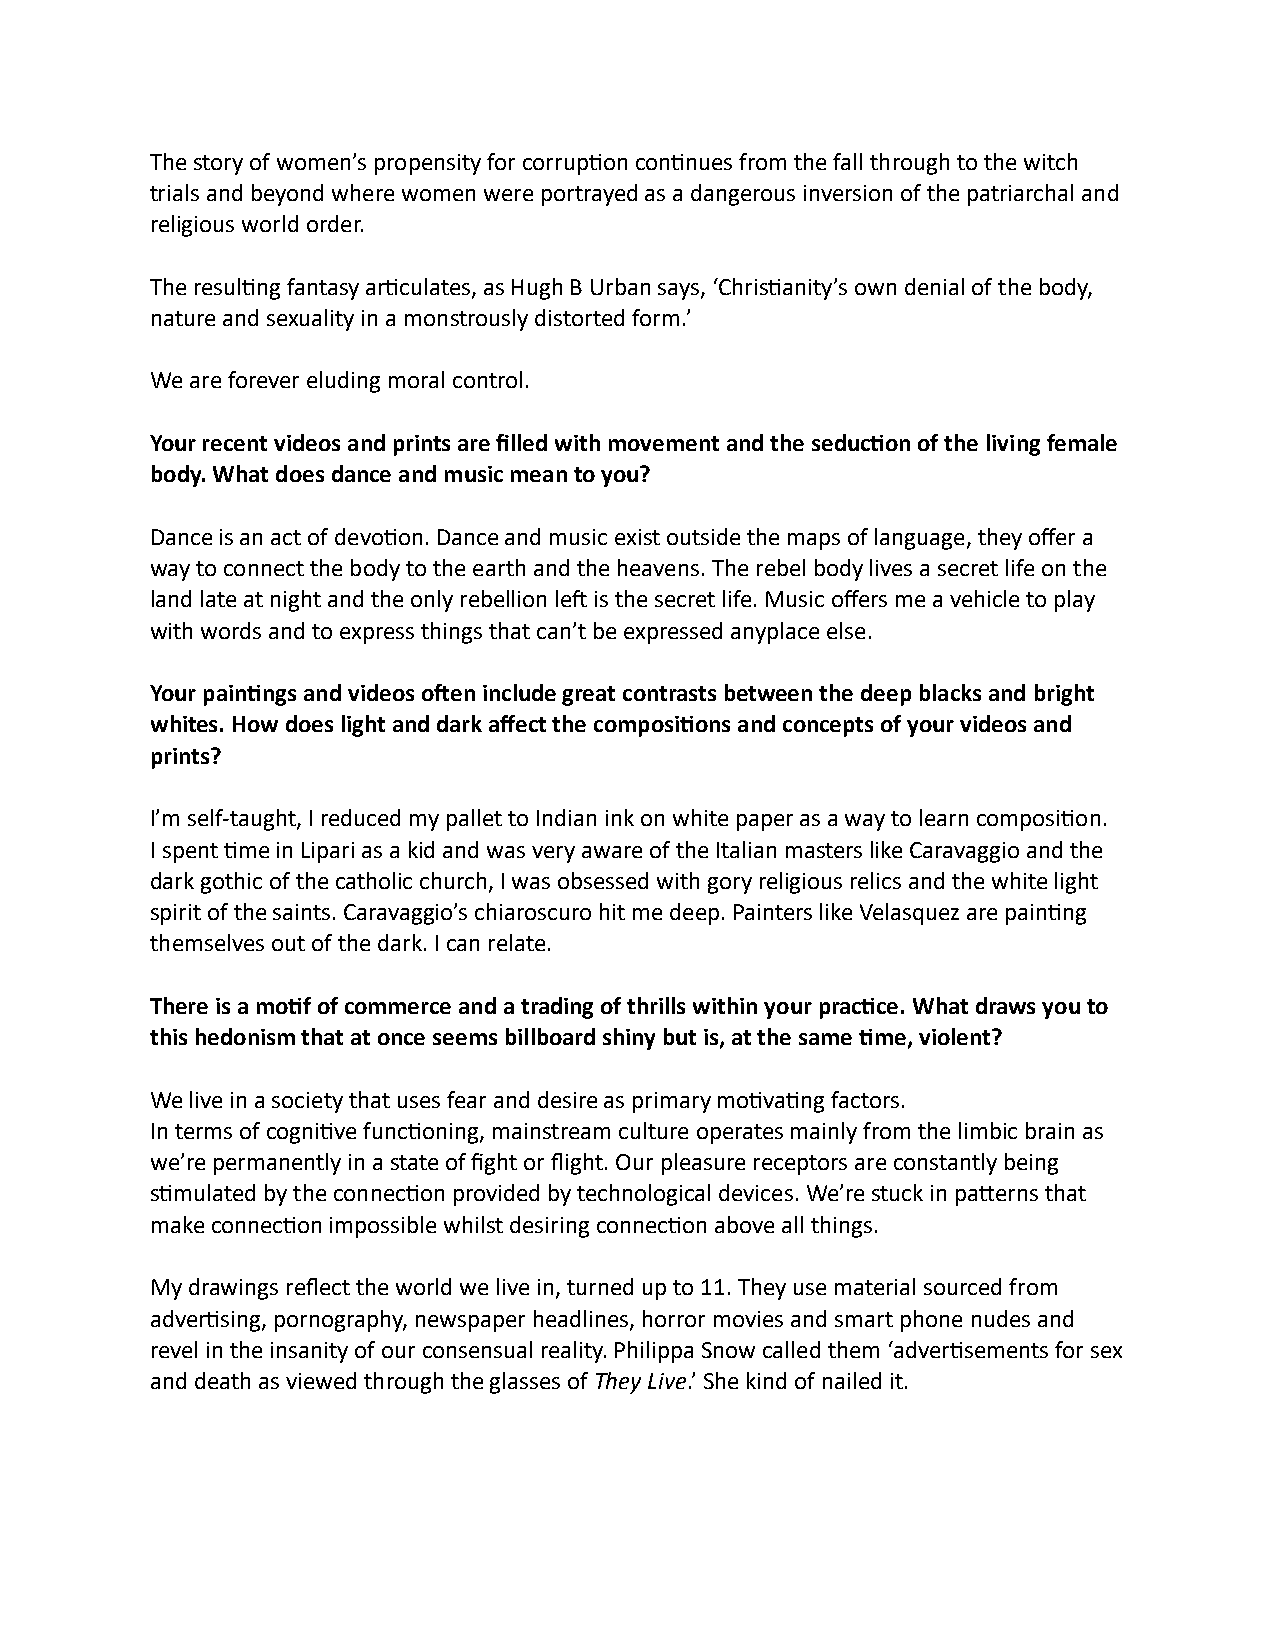
The story of women’s propensity for corrup8on con8nues from the fall through to the witch
 trials and beyond where women were portrayed as a dangerous inversion of the patriarchal and
 religious world order.
 The resul8ng fantasy ar8culates, as Hugh B Urban says, ‘Chris8anity’s own denial of the body,
 nature and sexuality in a monstrously distorted form.’
 We are forever eluding moral control.
 Your recent videos and prints are filled with movement and the seduc8on of the living female
 body. What does dance and music mean to you?
 Dance is an act of devo8on. Dance and music exist outside the maps of language, they offer a
 way to connect the body to the earth and the heavens. The rebel body lives a secret life on the
 land late at night and the only rebellion leY is the secret life. Music offers me a vehicle to play
 with words and to express things that can’t be expressed anyplace else.
 Your pain8ngs and videos oJen include great contrasts between the deep blacks and bright
 whites. How does light and dark affect the composi8ons and concepts of your videos and
 prints?
 I’m self-taught, I reduced my pallet to Indian ink on white paper as a way to learn composi8on.
 I spent 8me in Lipari as a kid and was very aware of the Italian masters like Caravaggio and the
 dark gothic of the catholic church, I was obsessed with gory religious relics and the white light
 spirit of the saints. Caravaggio’s chiaroscuro hit me deep. Painters like Velasquez are pain8ng
 themselves out of the dark. I can relate.
 There is a mo8f of commerce and a trading of thrills within your prac8ce. What draws you to
 this hedonism that at once seems billboard shiny but is, at the same 8me, violent?
 We live in a society that uses fear and desire as primary mo8va8ng factors.
 In terms of cogni8ve func8oning, mainstream culture operates mainly from the limbic brain as
 we’re permanently in a state of fight or flight. Our pleasure receptors are constantly being
 s8mulated by the connec8on provided by technological devices. We’re stuck in pa]erns that
 make connec8on impossible whilst desiring connec8on above all things.
 My drawings reflect the world we live in, turned up to 11. They use material sourced from
 adver8sing, pornography, newspaper headlines, horror movies and smart phone nudes and
 revel in the insanity of our consensual reality. Philippa Snow called them ‘adver8sements for sex
 and death as viewed through the glasses of They Live.’ She kind of nailed it.